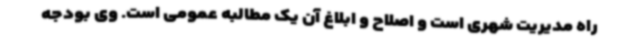
راه مدیریت شهری است و اصلاح و ابلاغ آن یک مطالبه عمومی است. وی بودجه